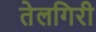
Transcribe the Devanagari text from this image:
तेलगिरी